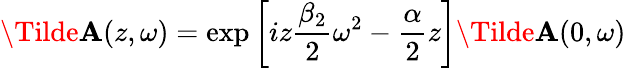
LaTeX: \Tilde{\mathbf{A}}(z,\omega)=\exp\left[iz\frac{{\beta_{2}}}{{2}}\omega^{2}-\frac{{\alpha}}{{2}}z\right]\Tilde{\mathbf{A}}(0,\omega)